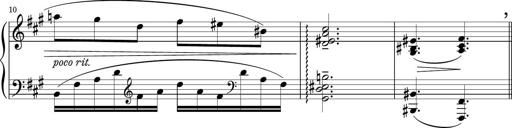
Title: Sonatina PandemÃ³nium
Composer: VÃ­ctor Carbajo
Key: C major